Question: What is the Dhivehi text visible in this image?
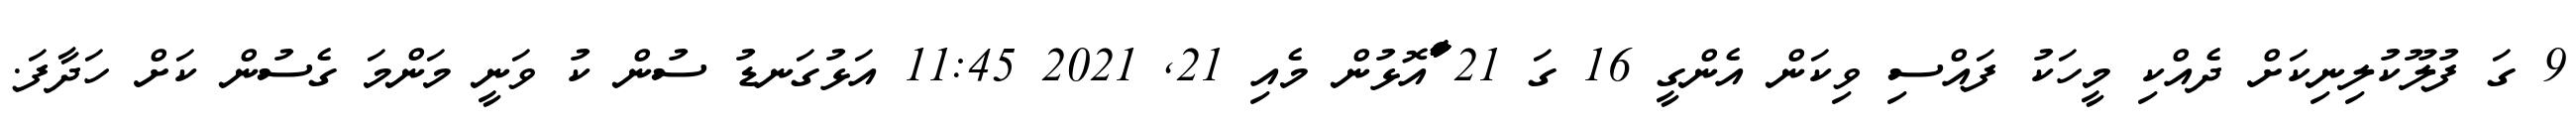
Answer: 9 ގަ ފުލޫކުލިނިކަށް ދެއްކި މީހަކު ފައްސި ވިކަން އެންގީ 16 ގަ 21 ާަަާަާަަްްއޮޅުން މެއި 21, 2021 11:45 އަޅުގަނޑު ސުން ކު ވަނީ މަންމަ ގެސުން ކަށް ހަދާފަ.